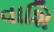
વાશિ